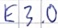
Text: E3.0